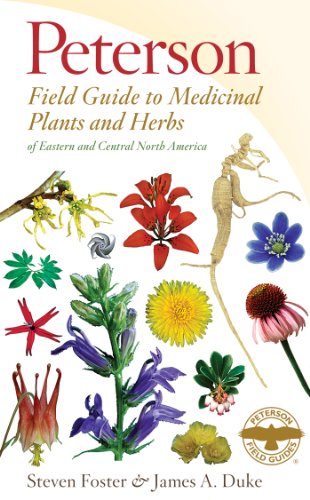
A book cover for Peterson Field Guide to Medicinal Plants and Herbs of Eastern and Central North America, Third Edition (Peterson Field Guides); Steven Foster; Engineering & Transportation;